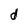
Character: d